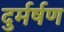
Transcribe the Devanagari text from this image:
दुर्मर्षण